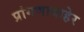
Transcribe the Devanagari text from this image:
प्रांगणाबाहेर